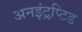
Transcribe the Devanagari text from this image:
अनइंट्रप्टि़ड